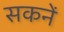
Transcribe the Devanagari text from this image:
सकनें